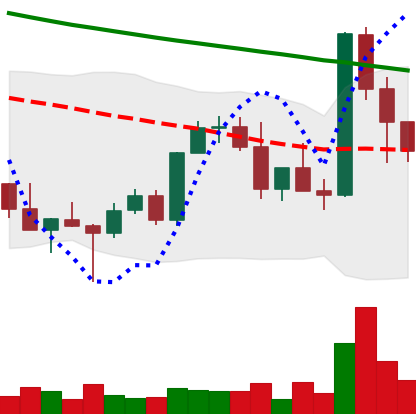
Ticker: XMR-USD
Chart end date: 2022-03-11
Forward return: 11.1%
Label: up_7plus